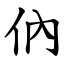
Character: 㐻